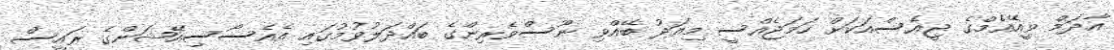
އާދަމް ވީއޭއެމްގެ ޖީއެސްއަކަށް ހަމަޖެއްސީ މިއަދު ބޭއްވި ނޫސްވެރިންގެ ބައްދަލުވުމުގައި އެއެސޯސިއޭޝަންގެ ރައީސް